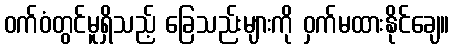
ဝက်ဝံတွင်မူရှိသည့် ခြေသည်းများကို ဝှက်မထားနိုင်ချေ။